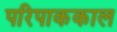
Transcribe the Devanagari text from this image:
परिपाककाल